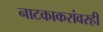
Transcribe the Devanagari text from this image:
नाटकाकरांवरही